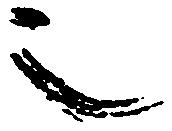
也